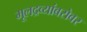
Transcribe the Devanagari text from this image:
मूलद्रव्यांबरोबर